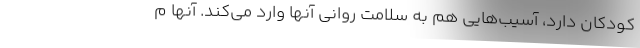
کودکان دارد، آسیب‌هایی هم به سلامت روانی آنها وارد می‌کند. آنها م